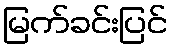
မြက်ခင်းပြင်